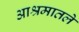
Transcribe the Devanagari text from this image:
आश्रमातले